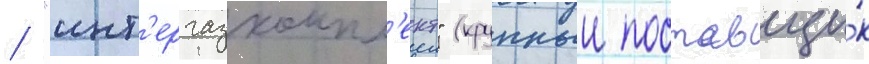
/ "инт'ергазкомпл'ект" (крупныи поставщи́к